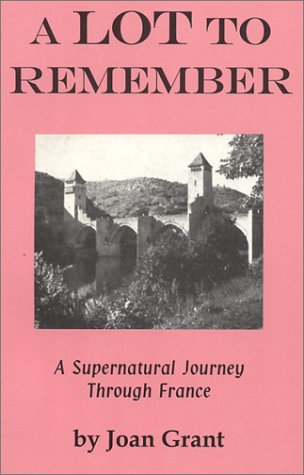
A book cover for A Lot to Remember: A Supernatural Journey Through Thr French Province of Lot (Joan Grant Autobiography); Joan Grant; Mystery, Thriller & Suspense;